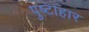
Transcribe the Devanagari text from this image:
पुष्टाहार